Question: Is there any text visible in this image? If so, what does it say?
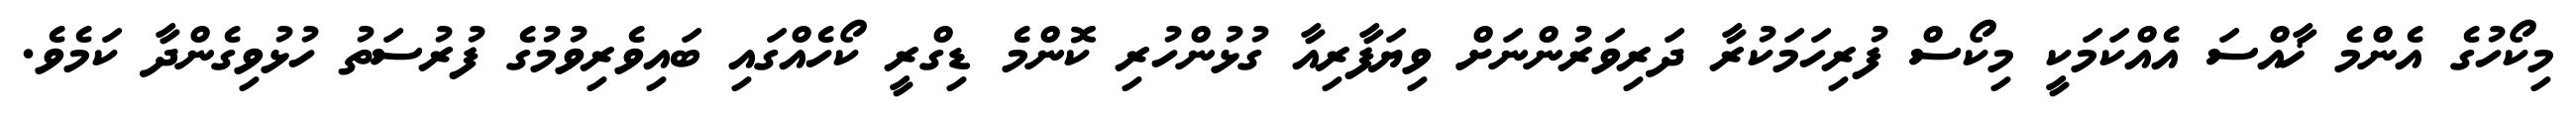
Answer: މިކޯހުގެ އެންމެ ޚާއްސަ އެއްކަމަކީ މިކޯސް ފުރިހަމަކުރާ ދަރިވަރުންނަށް ވިޔަފާރިއާ ގުޅުންހުރި ކޮންމެ ޑިގްރީ ކޯހެއްގައި ބައިވެރިވުމުގެ ފުރުސަތު ހުޅުވިގެންދާ ކަމެވެ.